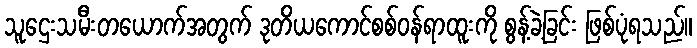
သူဌေးသမီးတယောက်အတွက် ဒုတိယကောင်စစ်ဝန်ရာထူးကို စွန့်ခဲ့ခြင်း ဖြစ်ပုံရသည်။